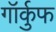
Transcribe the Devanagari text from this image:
गॉर्कुफ